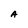
Character: A